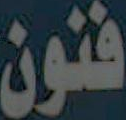
فنون